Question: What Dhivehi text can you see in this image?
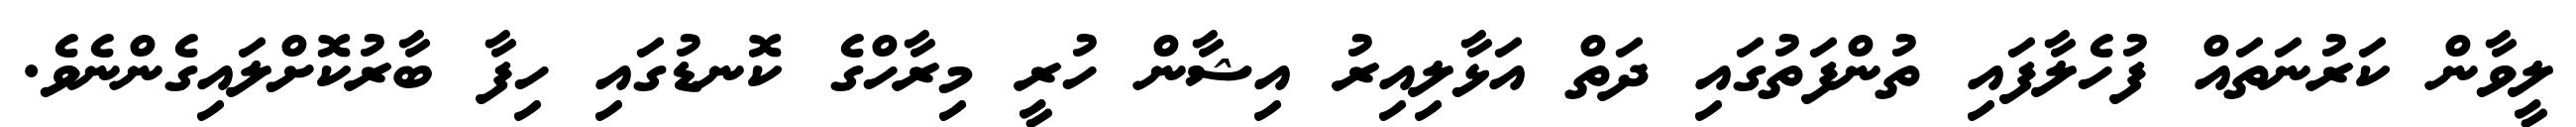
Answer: ލީވާން ކަރުނަތައް ފުހެލާފައި ތުންފަތުގައި ދަތް އަޅާލިއިރު އިޝާން ހުރީ މިރާހްގެ ކޮނޑުގައި ހިފާ ބާރުކޮށްލައިގެންނެވެ.